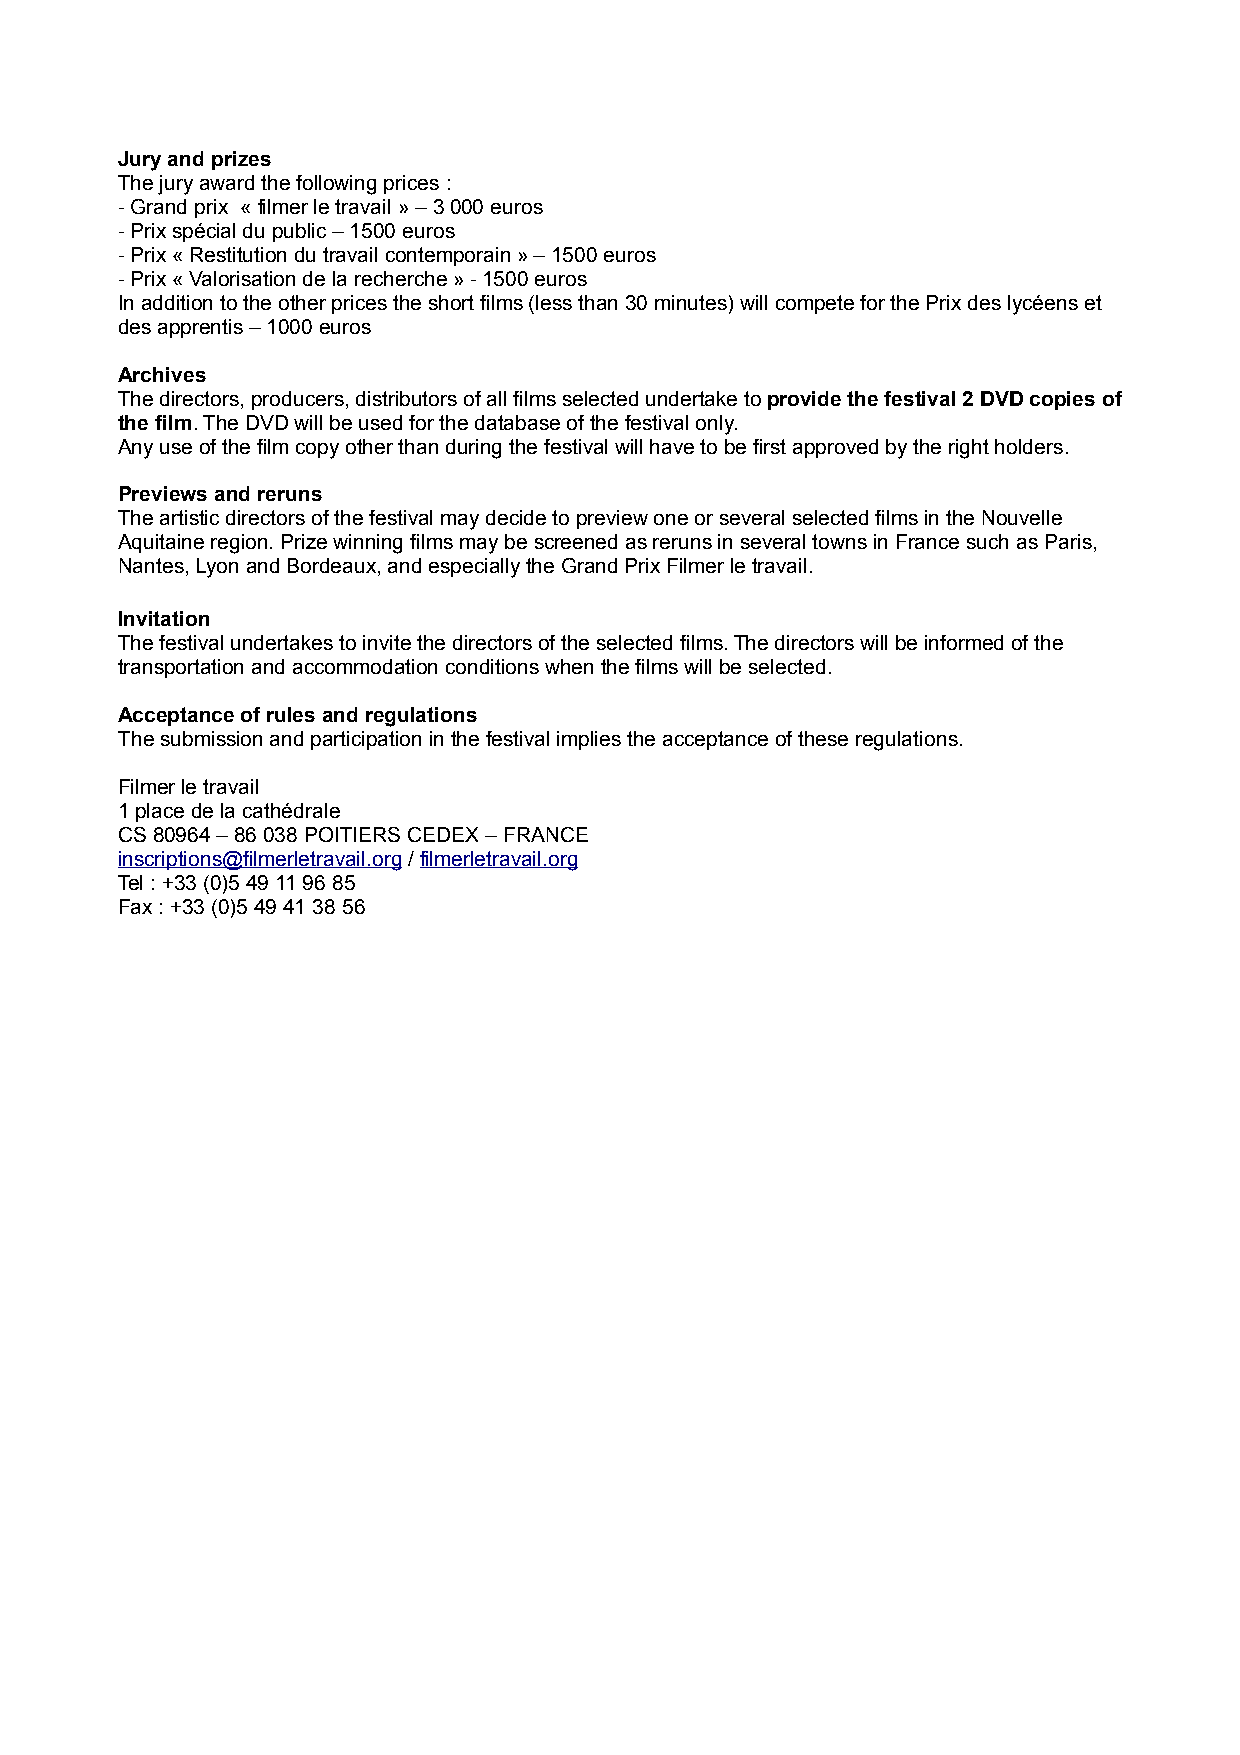
Jury and prizes
 The jury award the following prices :
 - Grand prix « filmer le travail » – 3 000 euros
 - Prix spécial du public – 1500 euros
 - Prix « Restitution du travail contemporain » – 1500 euros
 - Prix « Valorisation de la recherche » - 1500 euros
 In addition to the other prices the short films (less than 30 minutes) will compete for the Prix des lycéens et
 des apprentis – 1000 euros
 Archives
 The directors, producers, distributors of all films selected undertake to provide the festival 2 DVD copies of
 the film. The DVD will be used for the database of the festival only.
 Any use of the film copy other than during the festival will have to be first approved by the right holders.
 Previews and reruns
 The artistic directors of the festival may decide to preview one or several selected films in the Nouvelle
 Aquitaine region. Prize winning films may be screened as reruns in several towns in France such as Paris,
 Nantes, Lyon and Bordeaux, and especially the Grand Prix Filmer le travail.
 Invitation
 The festival undertakes to invite the directors of the selected films. The directors will be informed of the
 transportation and accommodation conditions when the films will be selected.
 Acceptance of rules and regulations
 The submission and participation in the festival implies the acceptance of these regulations.
 Filmer le travail
 1 place de la cathédrale
 CS 80964 – 86 038 POITIERS CEDEX – FRANCE
 inscriptions@filmerletravail.org / filmerletravail.org
 Tel : +33 (0)5 49 11 96 85
 Fax : +33 (0)5 49 41 38 56